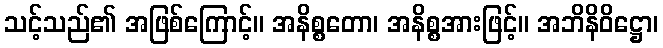
သင့်သည်၏ အဖြစ်ကြောင့်။ အနိစ္စတော၊ အနိစ္စအားဖြင့်။ အဘိနိဝိဋ္ဌော၊